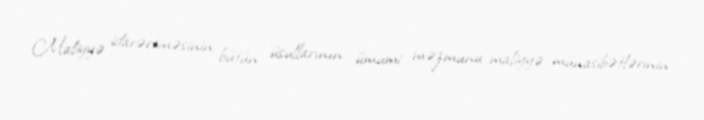
Maliyyə idarəetməsinin bütün üsullarının ümumi məzmunu maliyyə münasibətlərinin